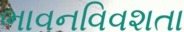
ભાવનવિવશતા